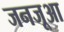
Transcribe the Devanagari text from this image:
जनजूआ